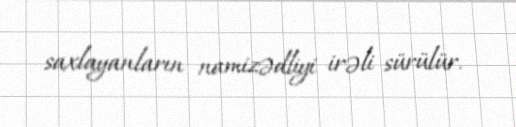
saxlayanların namizədliyi irəli sürülür.